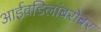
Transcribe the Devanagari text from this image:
आईवडिलांबरोबर